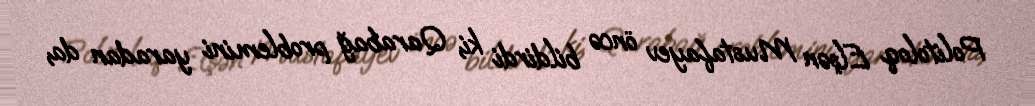
Politoloq Elşən Mustafayev öncə bildirdi ki, Qarabağ problemini yaradan da,